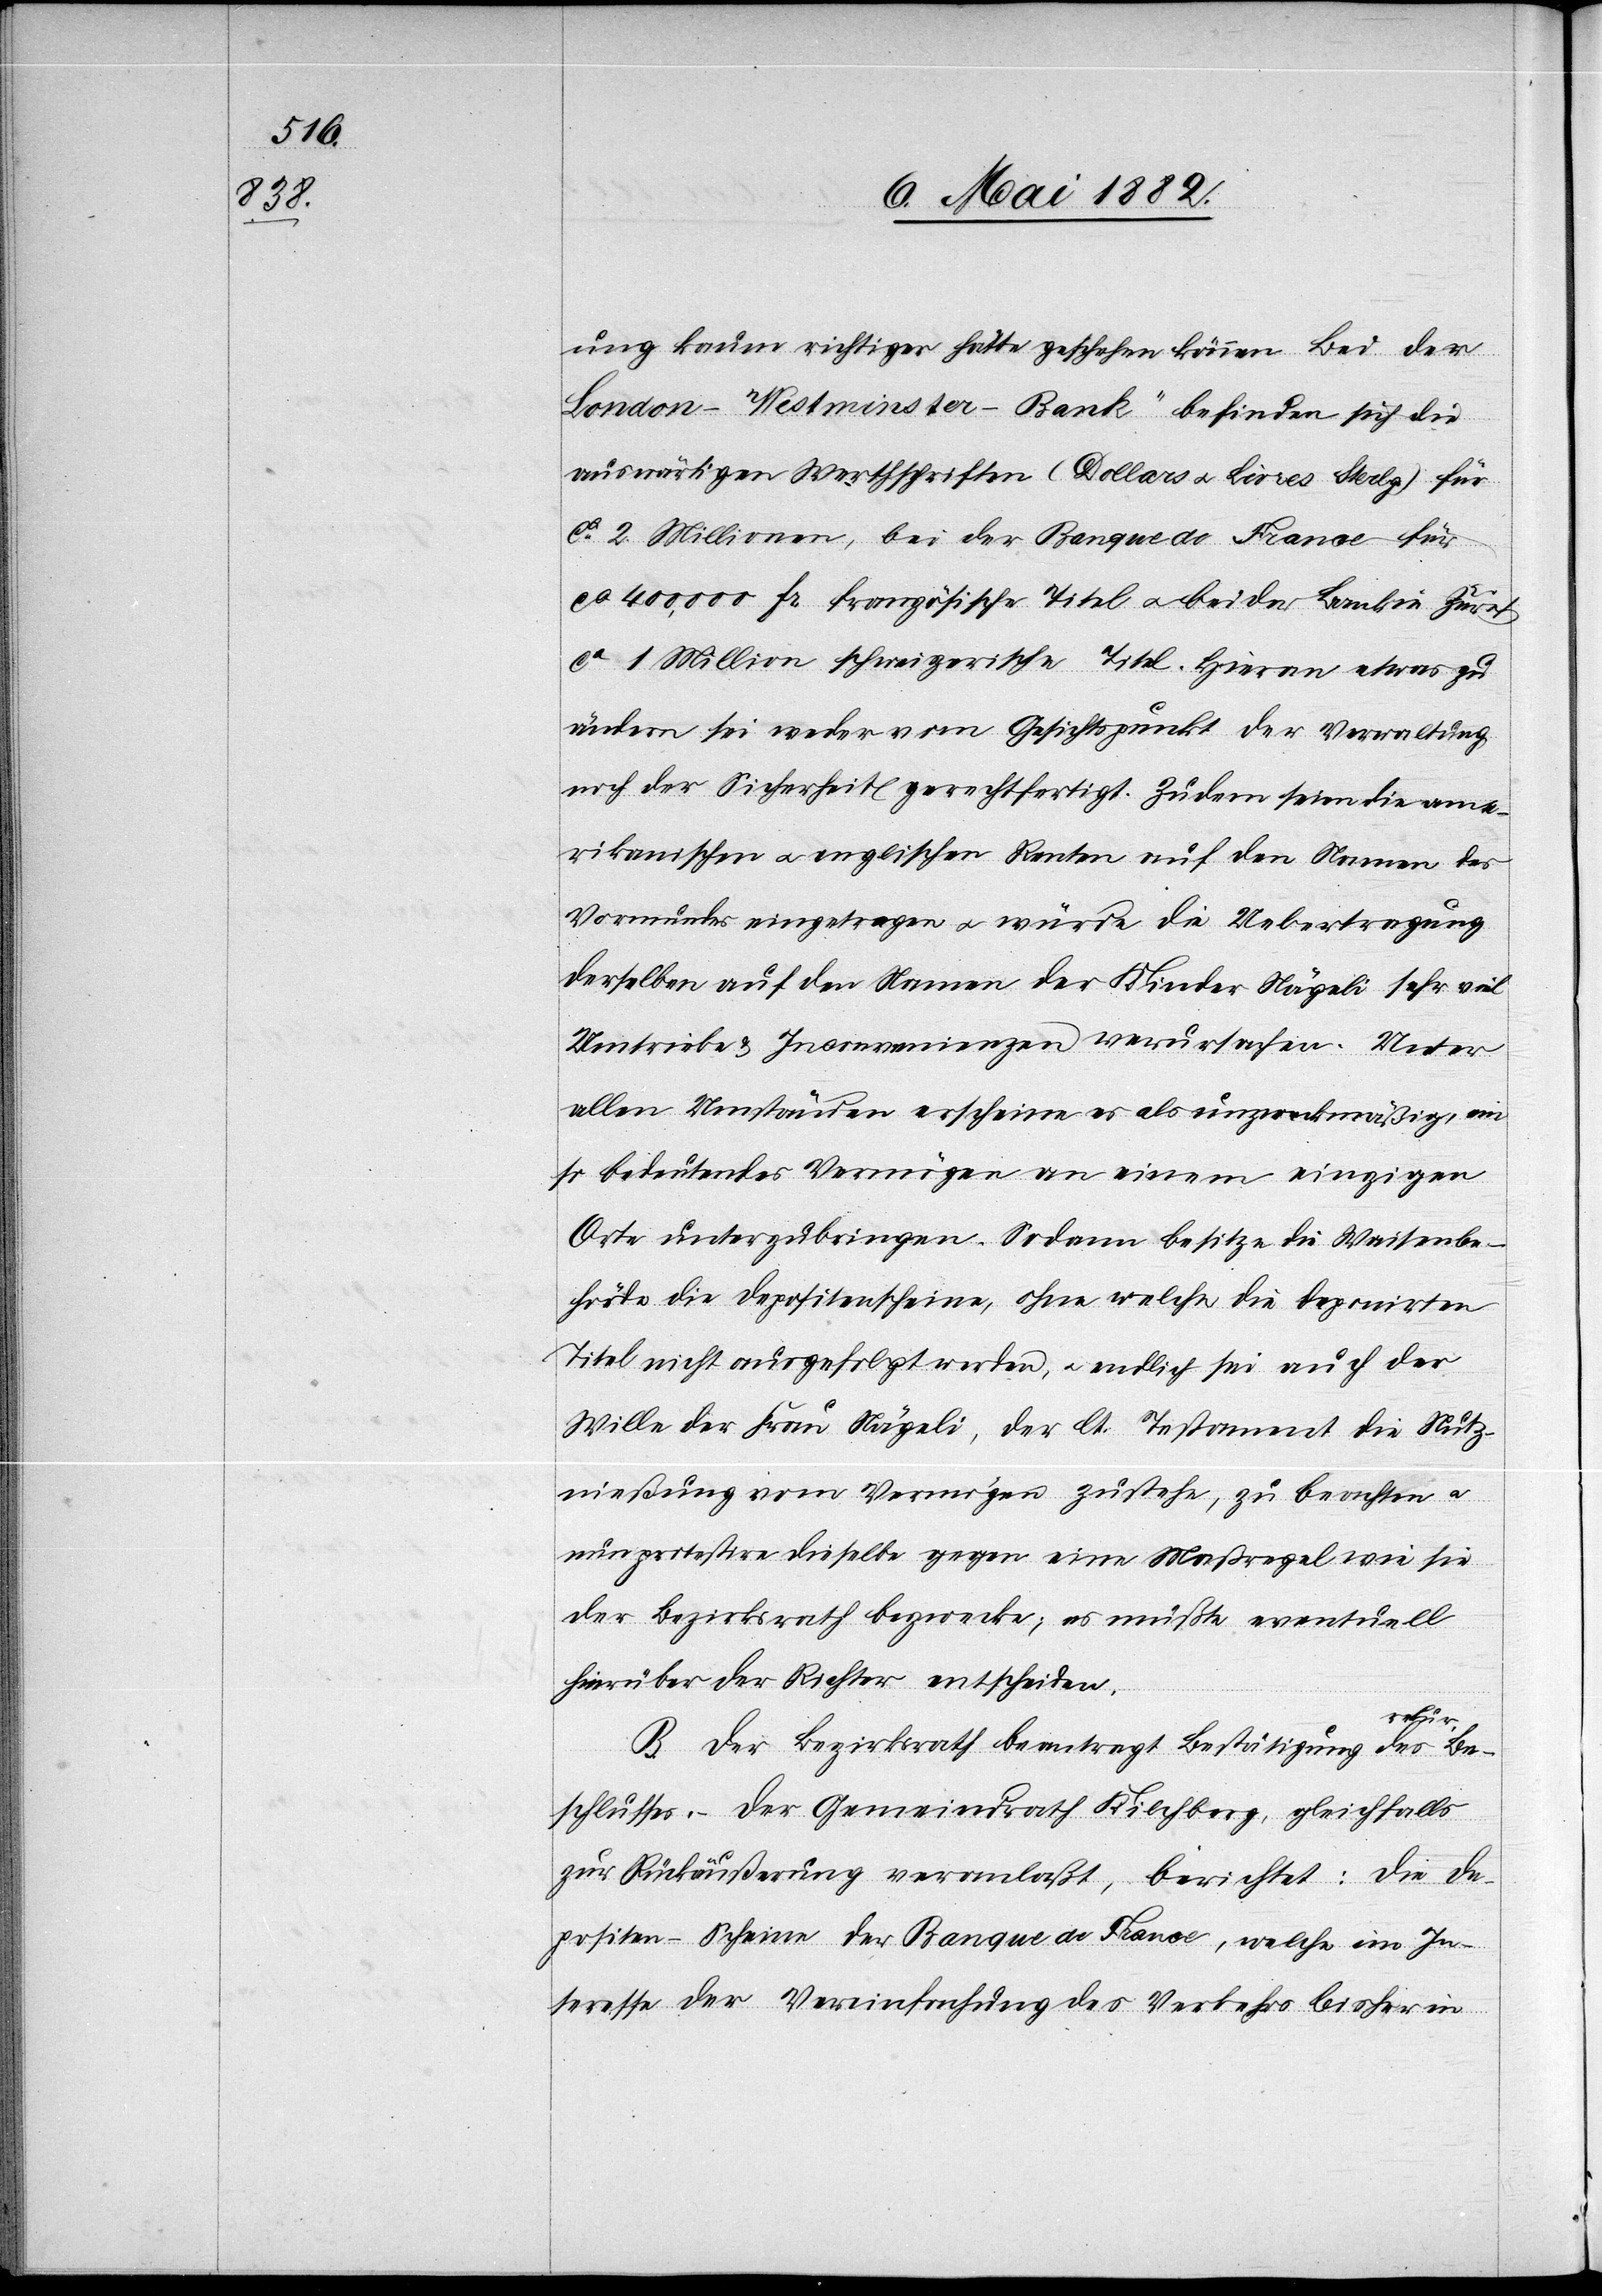
ung kaum richtiger hätte geschehen können. Bei der
„London-Westminster-Bank“ befinden sich die
auswärtigen Werthschriften (Dollars u. Livres Strlg.) für
ca 2 Millionen, bei der Banque de France für
ca 400,000 Fr. französische Titel u. bei der Bank in Zürich
ca 1 Million schweizerische Titel. Hieran etwas zu
ändern sei weder vom Gesichtspunkt der Verwaltung
noch der Sicherheit gerechtfertigt. Zudem seien die ame¬
rikanischen u. englischen Renten auf den Namen des
Vormundes eingetragen u. würde die Uebertragung
derselben auf den Namen der Kinder Nägeli sehr viel
Umtriebe & Inconvenienzen verursachen. Unter
allen Umständen erscheine es als unzweckmäßig, ein
so bedeutendes Vermögen an einem einzigen
Orte unterzubringen. Sodann besitze die Waisenbe¬
hörde die Depositenscheine, ohne welche die deponirten
Titel nicht ausgefolgt werden, u. endlich sei auch der
Wille der Frau Nägeli, der lt. Testament die Nutz¬
nießung vom Vermögen zustehe, zu beachten u.
nun protestire dieselbe gegen eine Maßregel wie sie
der Bezirksrath bezwecke; es müßte eventuell
hierüber der Richter entscheiden.
kurr.
Der Bezirksrath beantragt Bestätigung des re¬
Beschlusses. – Der Gemeindrath Kilchberg, gleichfalls
zur Rückäußerung veranlaßt, berichtet: Die De¬
positen-Scheine der Banque des France, welche im In¬
teresse der Vereinfachung des Verkehrs bisher in